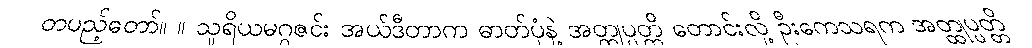
တပည့်တော်။ ။ သူရိယမဂ္ဂဇင်း အယ်ဒီတာက ဓာတ်ပုံနဲ့ အတ္ထုပ္ပတ္တိ တောင်းလို့ ဦးကေသရက အတ္ထုပ္ပတ္တိ